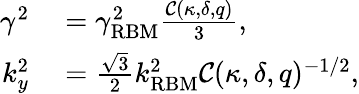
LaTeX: \begin{array}{rl}{\gamma^{2}}&{{}=\gamma_{\mathrm{{RBM}}}^{2}\frac{\mathcal{C}(\kappa,\delta,q)}{3},}\\ {k_{y}^{2}}&{{}=\frac{\sqrt{3}}{2}k_{\mathrm{{RBM}}}^{2}\mathcal{C}(\kappa,\delta,q)^{-1/2},}\end{array}